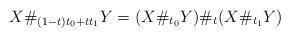
LaTeX: \begin{align*}X\#_{(1-t)t_0 + t t_1} Y = (X\#_{t_0}Y)\#_t (X\#_{t_1}Y)\end{align*}